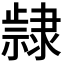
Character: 𮥵